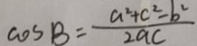
\cos B = \frac { a ^ { 2 } + c ^ { 2 } - b ^ { 2 } } { 2 a c }